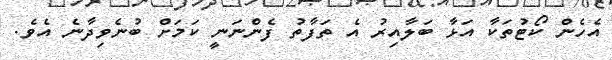
އެހެން ކޯޓުތަކާ އަޅާ ބަލާއިރު އެ ތަފާތު ފެންނަނީ ކަމަށް ބުނެވިދާނެ އެވެ.